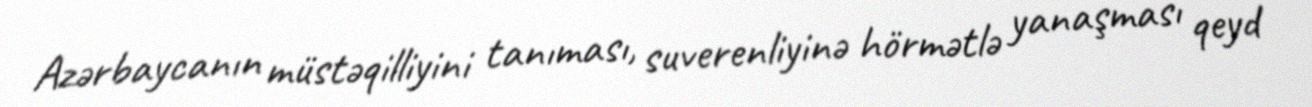
Azərbaycanın müstəqilliyini tanıması, suverenliyinə hörmətlə yanaşması qeyd